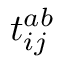
t _ { i j } ^ { a b }